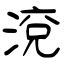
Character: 渷